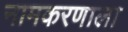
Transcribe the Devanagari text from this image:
नामकरणाला